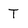
Character: T